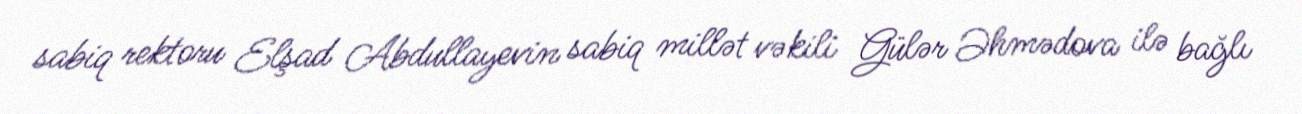
sabiq rektoru Elşad Abdullayevin sabiq millət vəkili Gülər Əhmədova ilə bağlı